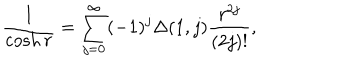
\frac { 1 } { \cosh r } = \sum _ { j = 0 } ^ { \infty } ( - 1 ) ^ { j } \Delta ( 1 , j ) \frac { r ^ { 2 j } } { ( 2 j ) ! } ,